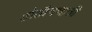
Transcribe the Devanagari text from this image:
होतीनव्हती